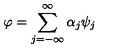
\varphi = \sum _ { j = - \infty } ^ { \infty } \alpha _ { j } \psi _ { j }